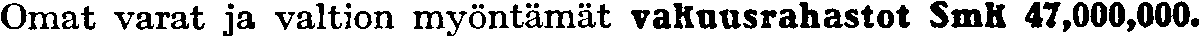
Omat varat ja valtion myöntämät vakuusrahastot Smk 47,000,000.